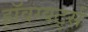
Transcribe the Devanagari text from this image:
हॉवग्वर्ट्स